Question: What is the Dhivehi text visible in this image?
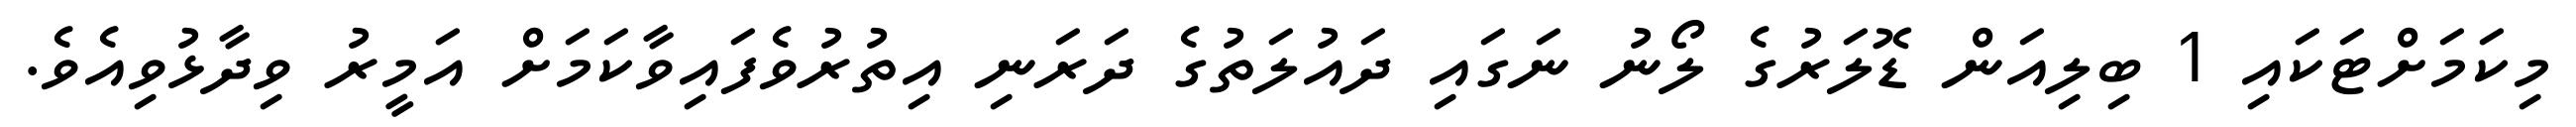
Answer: މިކަމަށްޓަކައި 1 ބިލިއަން ޑޮލަރުގެ ލޯނު ނަގައި ދައުލަތުގެ ދަރަނި އިތުރުވެފައިވާކަމަށް އަމީރު ވިދާޅުވިއެވެ.